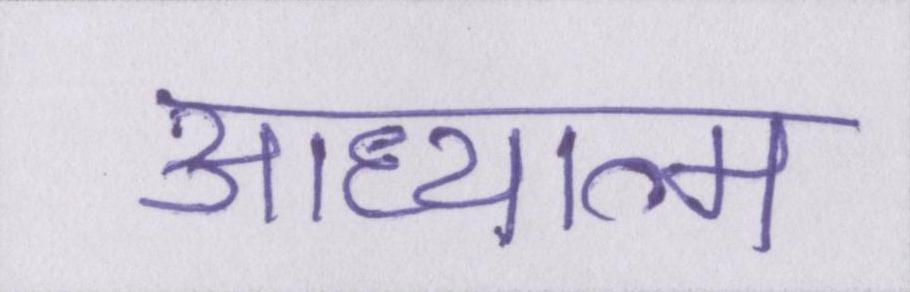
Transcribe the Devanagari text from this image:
आध्यात्म